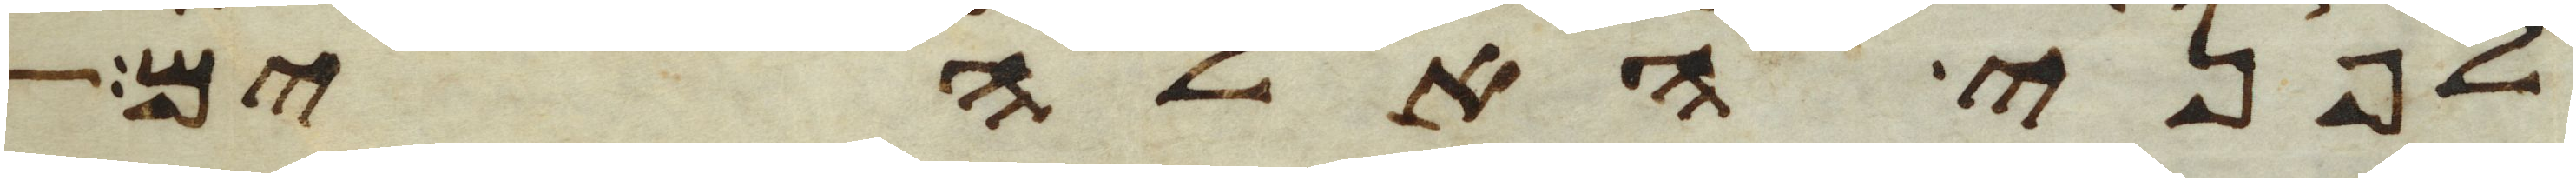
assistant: לפני האלהים